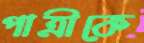
পাত্রীকে